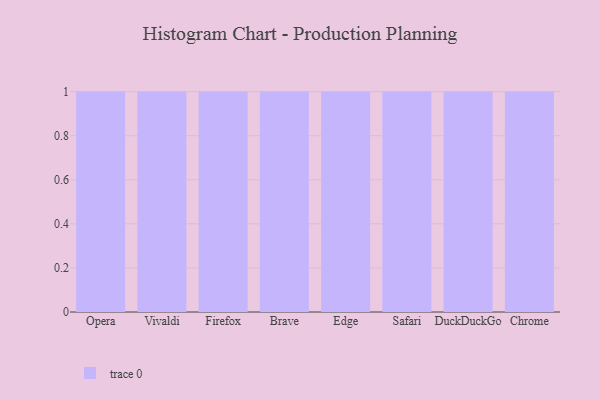
{"axis": {"x": "Browser", "y": "Operating Costs (USD K)"}, "legend": [""], "data": [{"x": "Opera", "y": 60, "type": ""}, {"x": "Vivaldi", "y": 29, "type": ""}, {"x": "Firefox", "y": 60, "type": ""}, {"x": "Brave", "y": 95, "type": ""}, {"x": "Edge", "y": 75, "type": ""}, {"x": "Safari", "y": 47, "type": ""}, {"x": "DuckDuckGo", "y": 76, "type": ""}, {"x": "Chrome", "y": 1, "type": ""}]}